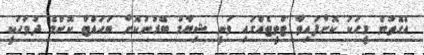
އެގޮތުން މީހަކު ކޮށްފައިވާ ޓްވީޓެއްގައި ވަނީ ޝިޔާމް ބޭރުނުކޮށް ބަހައްޓާ ކޮންމެ ދުވަހަކީ